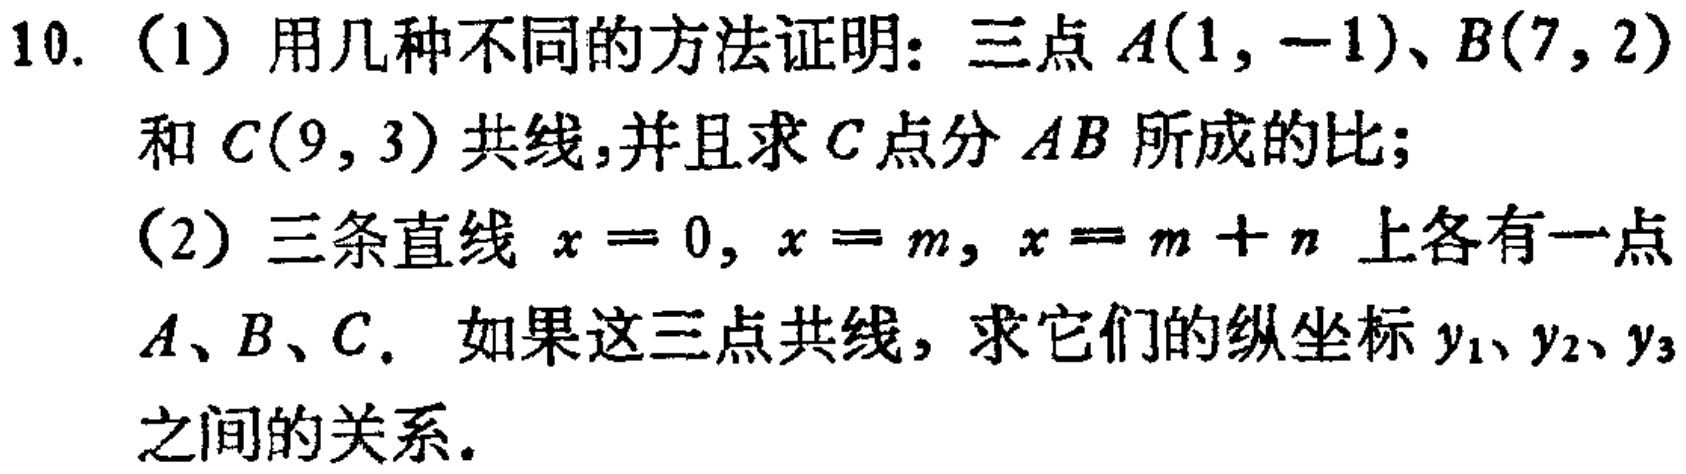
10. (1) 用几种不同的方法证明：三点\(A(1, -1)\)、\(B(7, 2)\)和\(C(9, 3)\)共线，并且求\(C\)点分\(AB\)所成的比；
(2) 三条直线\(x = 0, x = m, x = m + n\)上各有一点\(A、B、C\)。如果这三点共线，求它们的纵坐标\(y_1、y_2、y_3\)之间的关系。